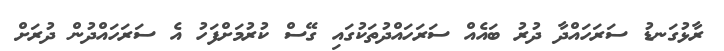
ރާޅުގަނޑު ސަރަހައްދާ ދުރު ބައެއް ސަރަހައްދުތަކުގައި ގޭސް ކުރުމަށްފަހު އެ ސަރަހައްދުން ދުރަށް